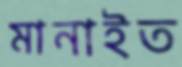
মানাইত